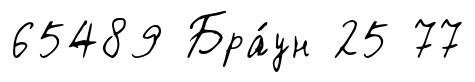
65489 Бра́ун 25 77